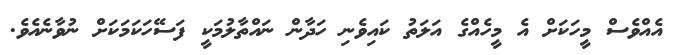
އެއްވެސް މީހަކަށް އެ މީހެއްގެ އަލަތު ކައިވެނި ހަދާން ނައްތާލުމަކީ ފަސޭހަކަމަކަށް ނުވާނެއެވެ.